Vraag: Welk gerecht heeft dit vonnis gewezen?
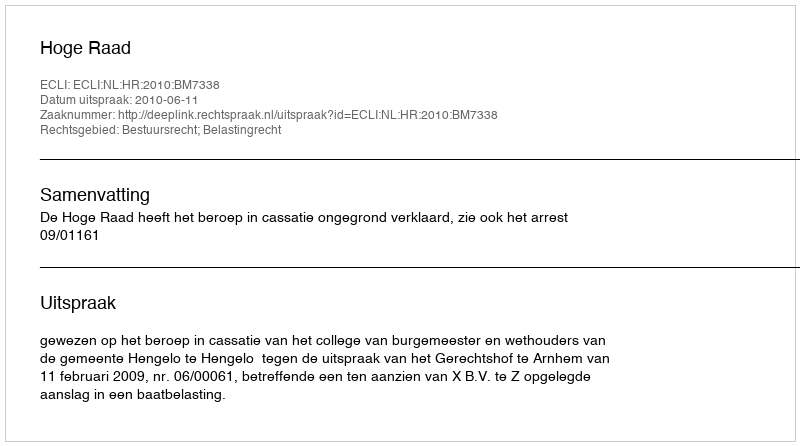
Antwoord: Hoge Raad